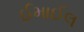
ઈમાઈલ